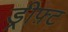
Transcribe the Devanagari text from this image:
ड्रीफ़्ट